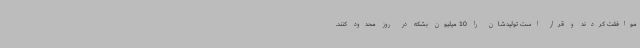
موافقت کردند و قرار است تولیدشان را 10 میلیون بشکه در روز محدود کنند.